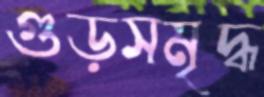
গুড়সমৃদ্ধ